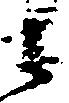
之